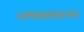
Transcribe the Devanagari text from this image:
अभ्यासप्रकारात